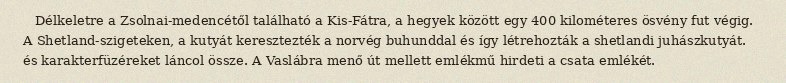
Délkeletre a Zsolnai-medencétől található a Kis-Fátra, a hegyek között egy 400 kilométeres ösvény fut végig. A Shetland-szigeteken, a kutyát keresztezték a norvég buhunddal és így létrehozták a shetlandi juhászkutyát. és karakterfüzéreket láncol össze. A Vaslábra menő út mellett emlékmű hirdeti a csata emlékét.